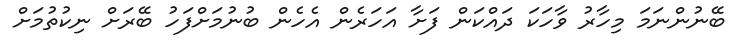
ބޭނުންނަމަ މިހާރު ވާހަކަ ދައްކަން ފަށާ އަހަރެން އެހެން ބުނުމަށްފަހު ބޭރަށް ނިކުތުމަށް